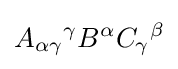
A_{\alpha \gamma }{}^{\gamma }B^{\alpha }C_{\gamma }{}^{\beta }